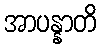
အာပန္နာတိ